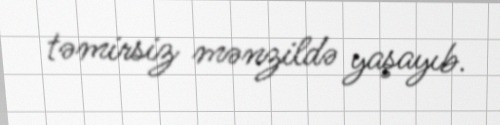
təmirsiz mənzildə yaşayıb.